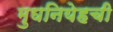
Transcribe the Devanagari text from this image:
मुघनियेहची